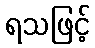
ရသဖြင့်